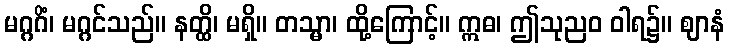
မဂ္ဂဂိံ၊ မဂ္ဂင်သည်။ နတ္ထိ၊ မရှိ။ တသ္မာ၊ ထို့ကြောင့်။ ဣဓ၊ ဤသုညဝ ဝါရ၌။ ဈာနံ